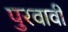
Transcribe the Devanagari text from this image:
पुरवावी